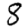
Digit: 8